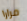
مرارا